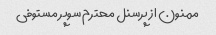
ممنون از پرسنل محترم سوپر مستوفی